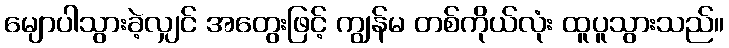
မျောပါသွားခဲ့လျှင် အတွေးဖြင့် ကျွန်မ တစ်ကိုယ်လုံး ထူပူသွားသည်။